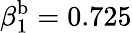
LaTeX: \beta_{1}^{\mathrm{b}}=0.725